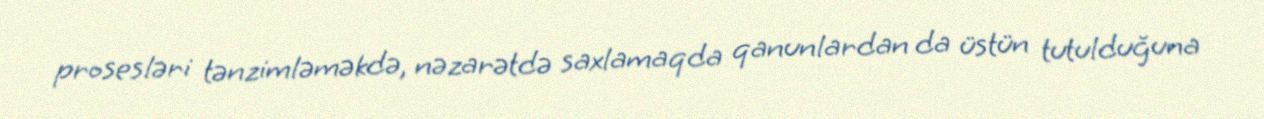
prosesləri tənzimləməkdə, nəzarətdə saxlamaqda qanunlardan da üstün tutulduğuna